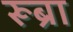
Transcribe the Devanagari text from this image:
रूब्रा